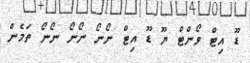
ޑޫ އިޓް ވޯންޓް ޔޫ ޑޫ އިޓް ނޯނޯ ނޯނޯ ނޯނޯ ތަމެން